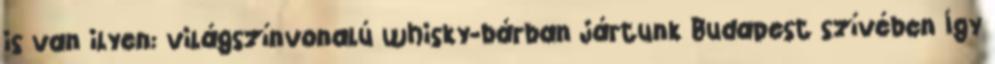
is van ilyen: világszínvonalú whisky-bárban jártunk Budapest szívében Így